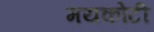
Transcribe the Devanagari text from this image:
मयकोटी